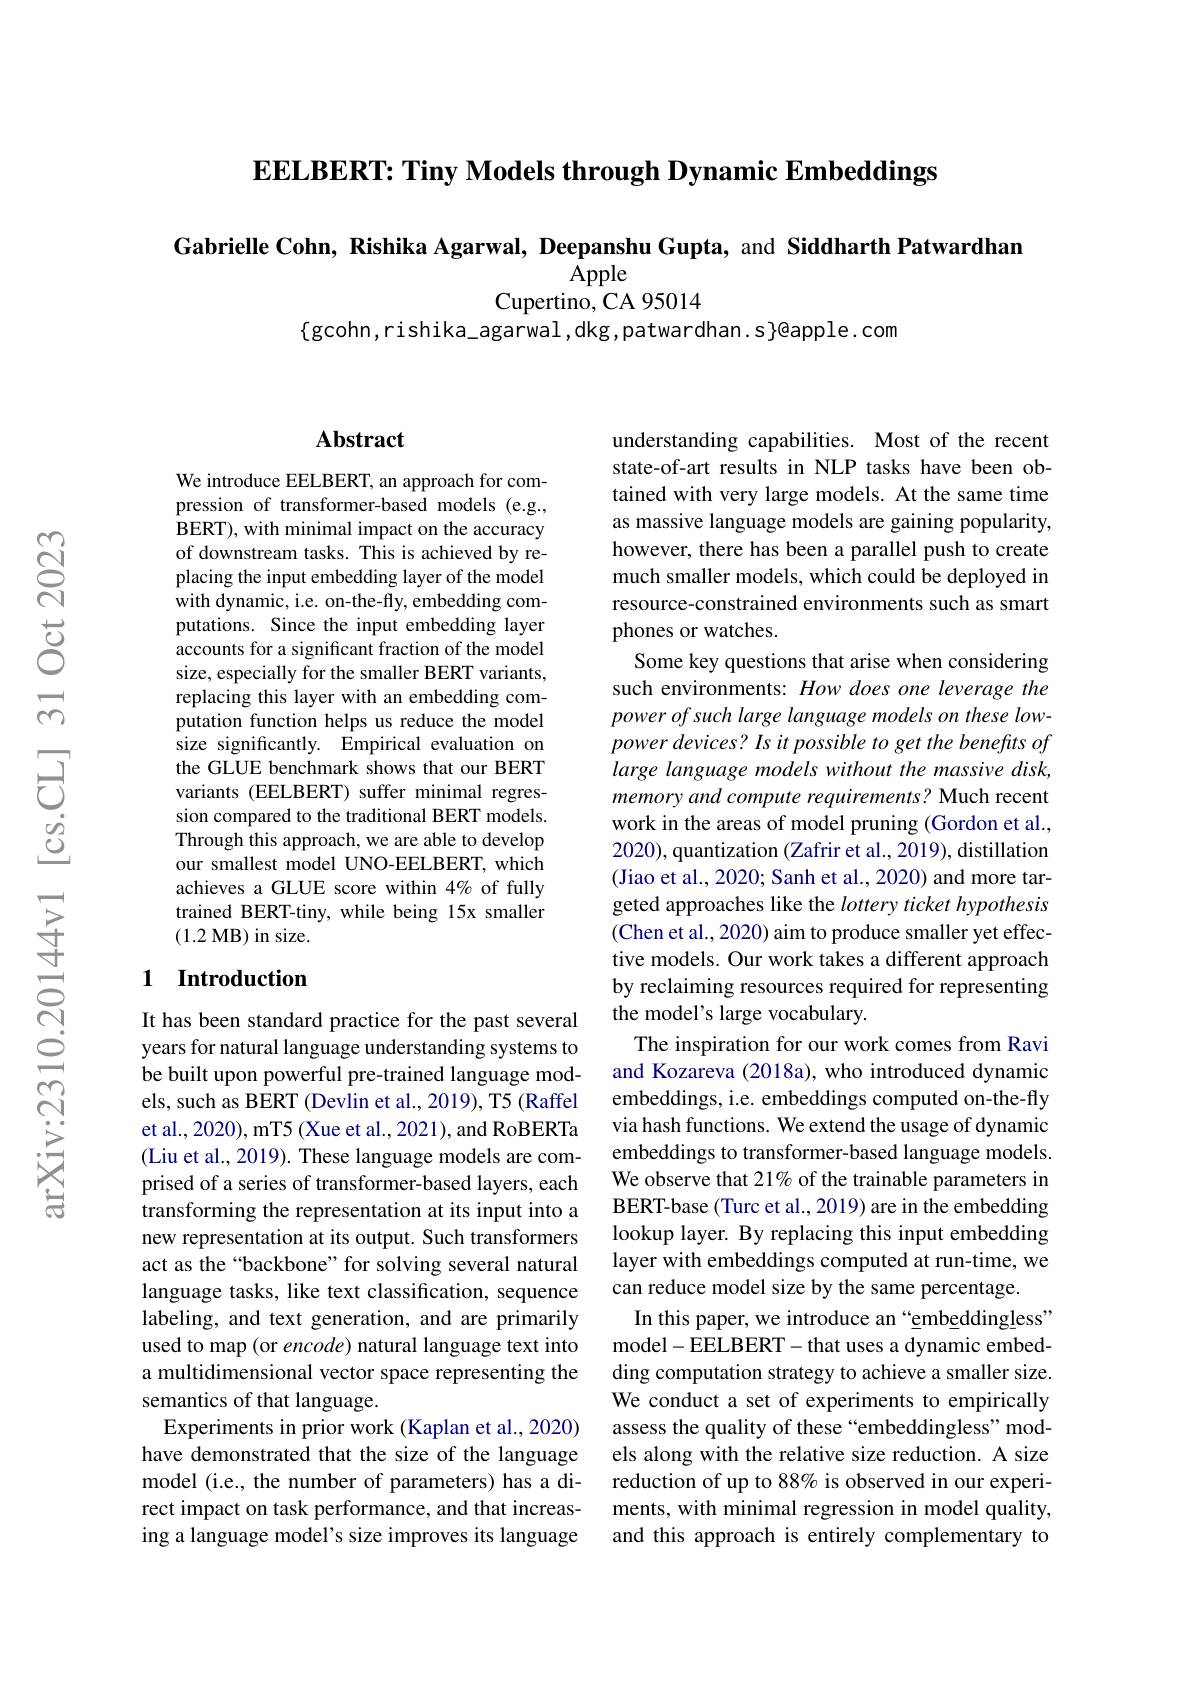
EELBERT: Tiny Models through Dynamic Embeddings

Gabrielle Cohn, Rishika Agarwal, Deepanshu Gupta, and Siddharth Patwardhan
Cupertino, CA 95014

$\{$gcohn,rishika\_agarwal,dkg,patwardhan.s$\}$@apple.com

## Abstract

We introduce EELBERT, an approach for compression of transformer-based models (e.g., BERT), with minimal impact on the accuracy of downstream tasks. This is achieved by replacing the input embedding layer of the model with dynamic, i.e. on-the-fly, embedding computations. Since the input embedding layer accounts for a significant fraction of the model size, especially for the smaller BERT variants, replacing this layer with an embedding computation function helps us reduce the model size significantly. Empirical evaluation on the GLUE benchmark shows that our BERT variants (EELBERT) suffer minimal regression compared to the traditional BERT models. Through this approach, we are able to develop our smallest model UNO-EELBERT, which achieves a GLUE score within 4% of fully trained BERT-tiny, while being 15x smaller (1.2 MB) in size.

### 1 Introduction

It has been standard practice for the past several years for natural language understanding systems to be built upon powerful pre-trained language models, such as BERT (Devlin et al., 2019), T5 (Raffel et al., 2020), mT5 (Xue et al., 2021), and RoBERTa (Liu et al., 2019). These language models are comprised of a series of transformer-based layers, each transforming the representation at its input into a new representation at its output. Such transformers act as the“backbone”for solving several natural language tasks, like text classification, sequence labeling, and text generation, and are primarily used to map (or encode) natural language text into a multidimensional vector space representing the semantics of that language.
Experiments in prior work (Kaplan et al., 2020) have demonstrated that the size of the language model (i.e., the number of parameters) has a direct impact on task performance, and that increasing a language model's size improves its language

understanding capabilities. Most of the recent state-of-art results in NLP tasks have been obtained with very large models. At the same time as massive language models are gaining popularity, however, there has been a parallel push to create much smaller models, which could be deployed in resource-constrained environments such as smart phones or watches.
Some key questions that arise when considering such environments: How does one leverage the power of such large language models on these low- $power\textit{devices? Is it possible to get the benefits of}$ large language models without the massive disk, memory and compute requirements? Much recent work in the areas of model pruning (Gordon et al., 2020), quantization (Zafrir et al., 2019), distillation (Jiao et al., 2020; Sanh et al., 2020) and more targeted approaches like the lottery ticket hypothesis (Chen et al., 2020) aim to produce smaller yet effective models. Our work takes a different approach by reclaiming resources required for representing the model's large vocabulary.
The inspiration for our work comes from Ravi and Kozareva (2018a), who introduced dynamic embeddings, i.e. embeddings computed on-the-fly via hash functions. We extend the usage of dynamic embeddings to transformer-based language models. We observe that 21% of the trainable parameters in BERT-base (Turc et al., 2019) are in the embedding lookup layer. By replacing this input embedding layer with embeddings computed at run-time, we can reduce model size by the same percentage.
In this paper, we introduce an “embeddingless” model-EELBERT-that uses a dynamic embedding computation strategy to achieve a smaller size. We conduct a set of experiments to empirically assess the quality of these “embeddingless" models along with the relative size reduction. A size reduction of up to 88% is observed in our experiments, with minimal regression in model quality, and this approach is entirely complementary to